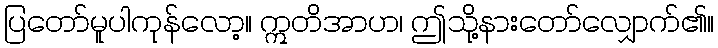
ပြတော်မူပါကုန်လော့။ ဣတိအာဟ၊ ဤသို့နားတော်လျှောက်၏။